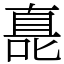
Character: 嗭